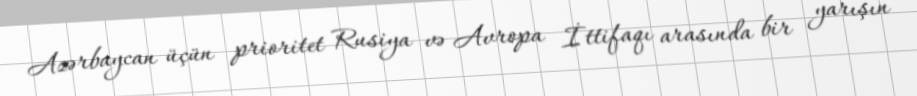
Azərbaycan üçün prioritet Rusiya və Avropa İttifaqı arasında bir yarışın